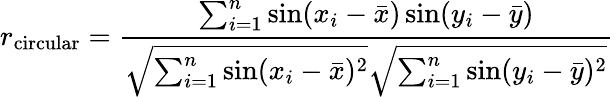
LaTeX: r_{\mathrm{circular}}={\frac{\sum_{i=1}^{n}\sin(x_{i}-{\bar{x}})\sin(y_{i}-{\bar{y}})}{{\sqrt{\sum_{i=1}^{n}\sin(x_{i}-{\bar{x}})^{2}}}{\sqrt{\sum_{i=1}^{n}\sin(y_{i}-{\bar{y}})^{2}}}}}